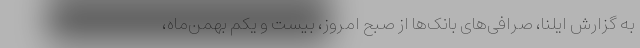
به گزارش ایلنا، صرافی‌های بانک‌ها از صبح امروز، بیست و یکم بهمن‌ماه،